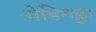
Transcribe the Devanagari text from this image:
मेडिगड्डा